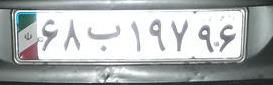
۶۸ب۱۹۷۹۶